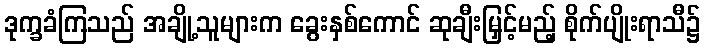
ဒုက္ခခံကြသည် အချို့သူများက ခွေးနှစ်ကောင် ဆုချီးမြှင့်မည့် စိုက်ပျိုးရာသီ၌